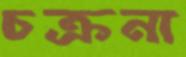
চক্রনা